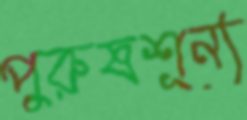
পুরুষশূন্য